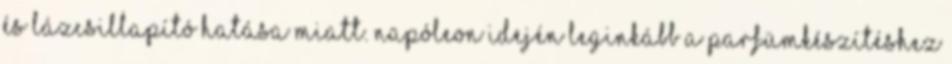
és lázcsillapító hatása miatt. Napóleon idején leginkább a parfümkészítéshez